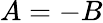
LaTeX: A=-B